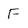
Character: F